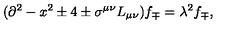
( \partial ^ { 2 } - x ^ { 2 } \pm 4 \pm \sigma ^ { \mu \nu } L _ { \mu \nu } ) f _ { \mp } = \lambda ^ { 2 } f _ { \mp } ,